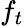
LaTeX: f_{t}